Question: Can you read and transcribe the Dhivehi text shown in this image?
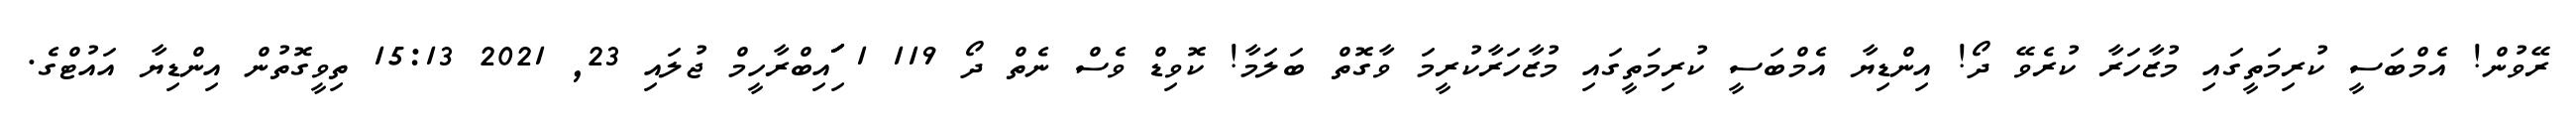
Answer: ރޭވުން! އެމްބަސީ ކުރިމަތީގައި މުޒާހަރާ ކުރެވޭ ދޯ! އިންޑިޔާ އެމްބަސީ ކުރިމަތީގައި މުޒާހަރާކުރީމަ ވާގޮތް ބަލަމާ! ކޮވިޑް ވެސް ނެތް ދޯ 119 1 ަިަަައިބްރާހީމް ޖުލައި 23, 2021 15:13 ތިވީގޮތުން އިންޑިޔާ އައުޓްގެ.